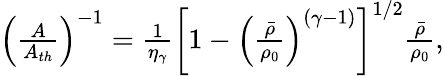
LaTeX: \begin{array}{r}{\left(\frac{A}{A_{th}}\right)^{-1}=\frac{1}{\eta_{\gamma}}\left[1-\left(\frac{\bar{\rho}}{\rho_{0}}\right)^{(\gamma-1)}\right]^{1/2}\frac{\bar{\rho}}{\rho_{0}},}\end{array}